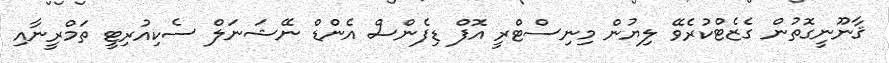
ޤާނޫނީގޮތުން ގެޒެޓްކުރެވޭ ލިޔުން މިނިސްޓްރީ އޮފް ޑިފެންސް އެންޑް ނޭޝަނަލް ސެކިއުރިޓީ ތަމްރީނާއި